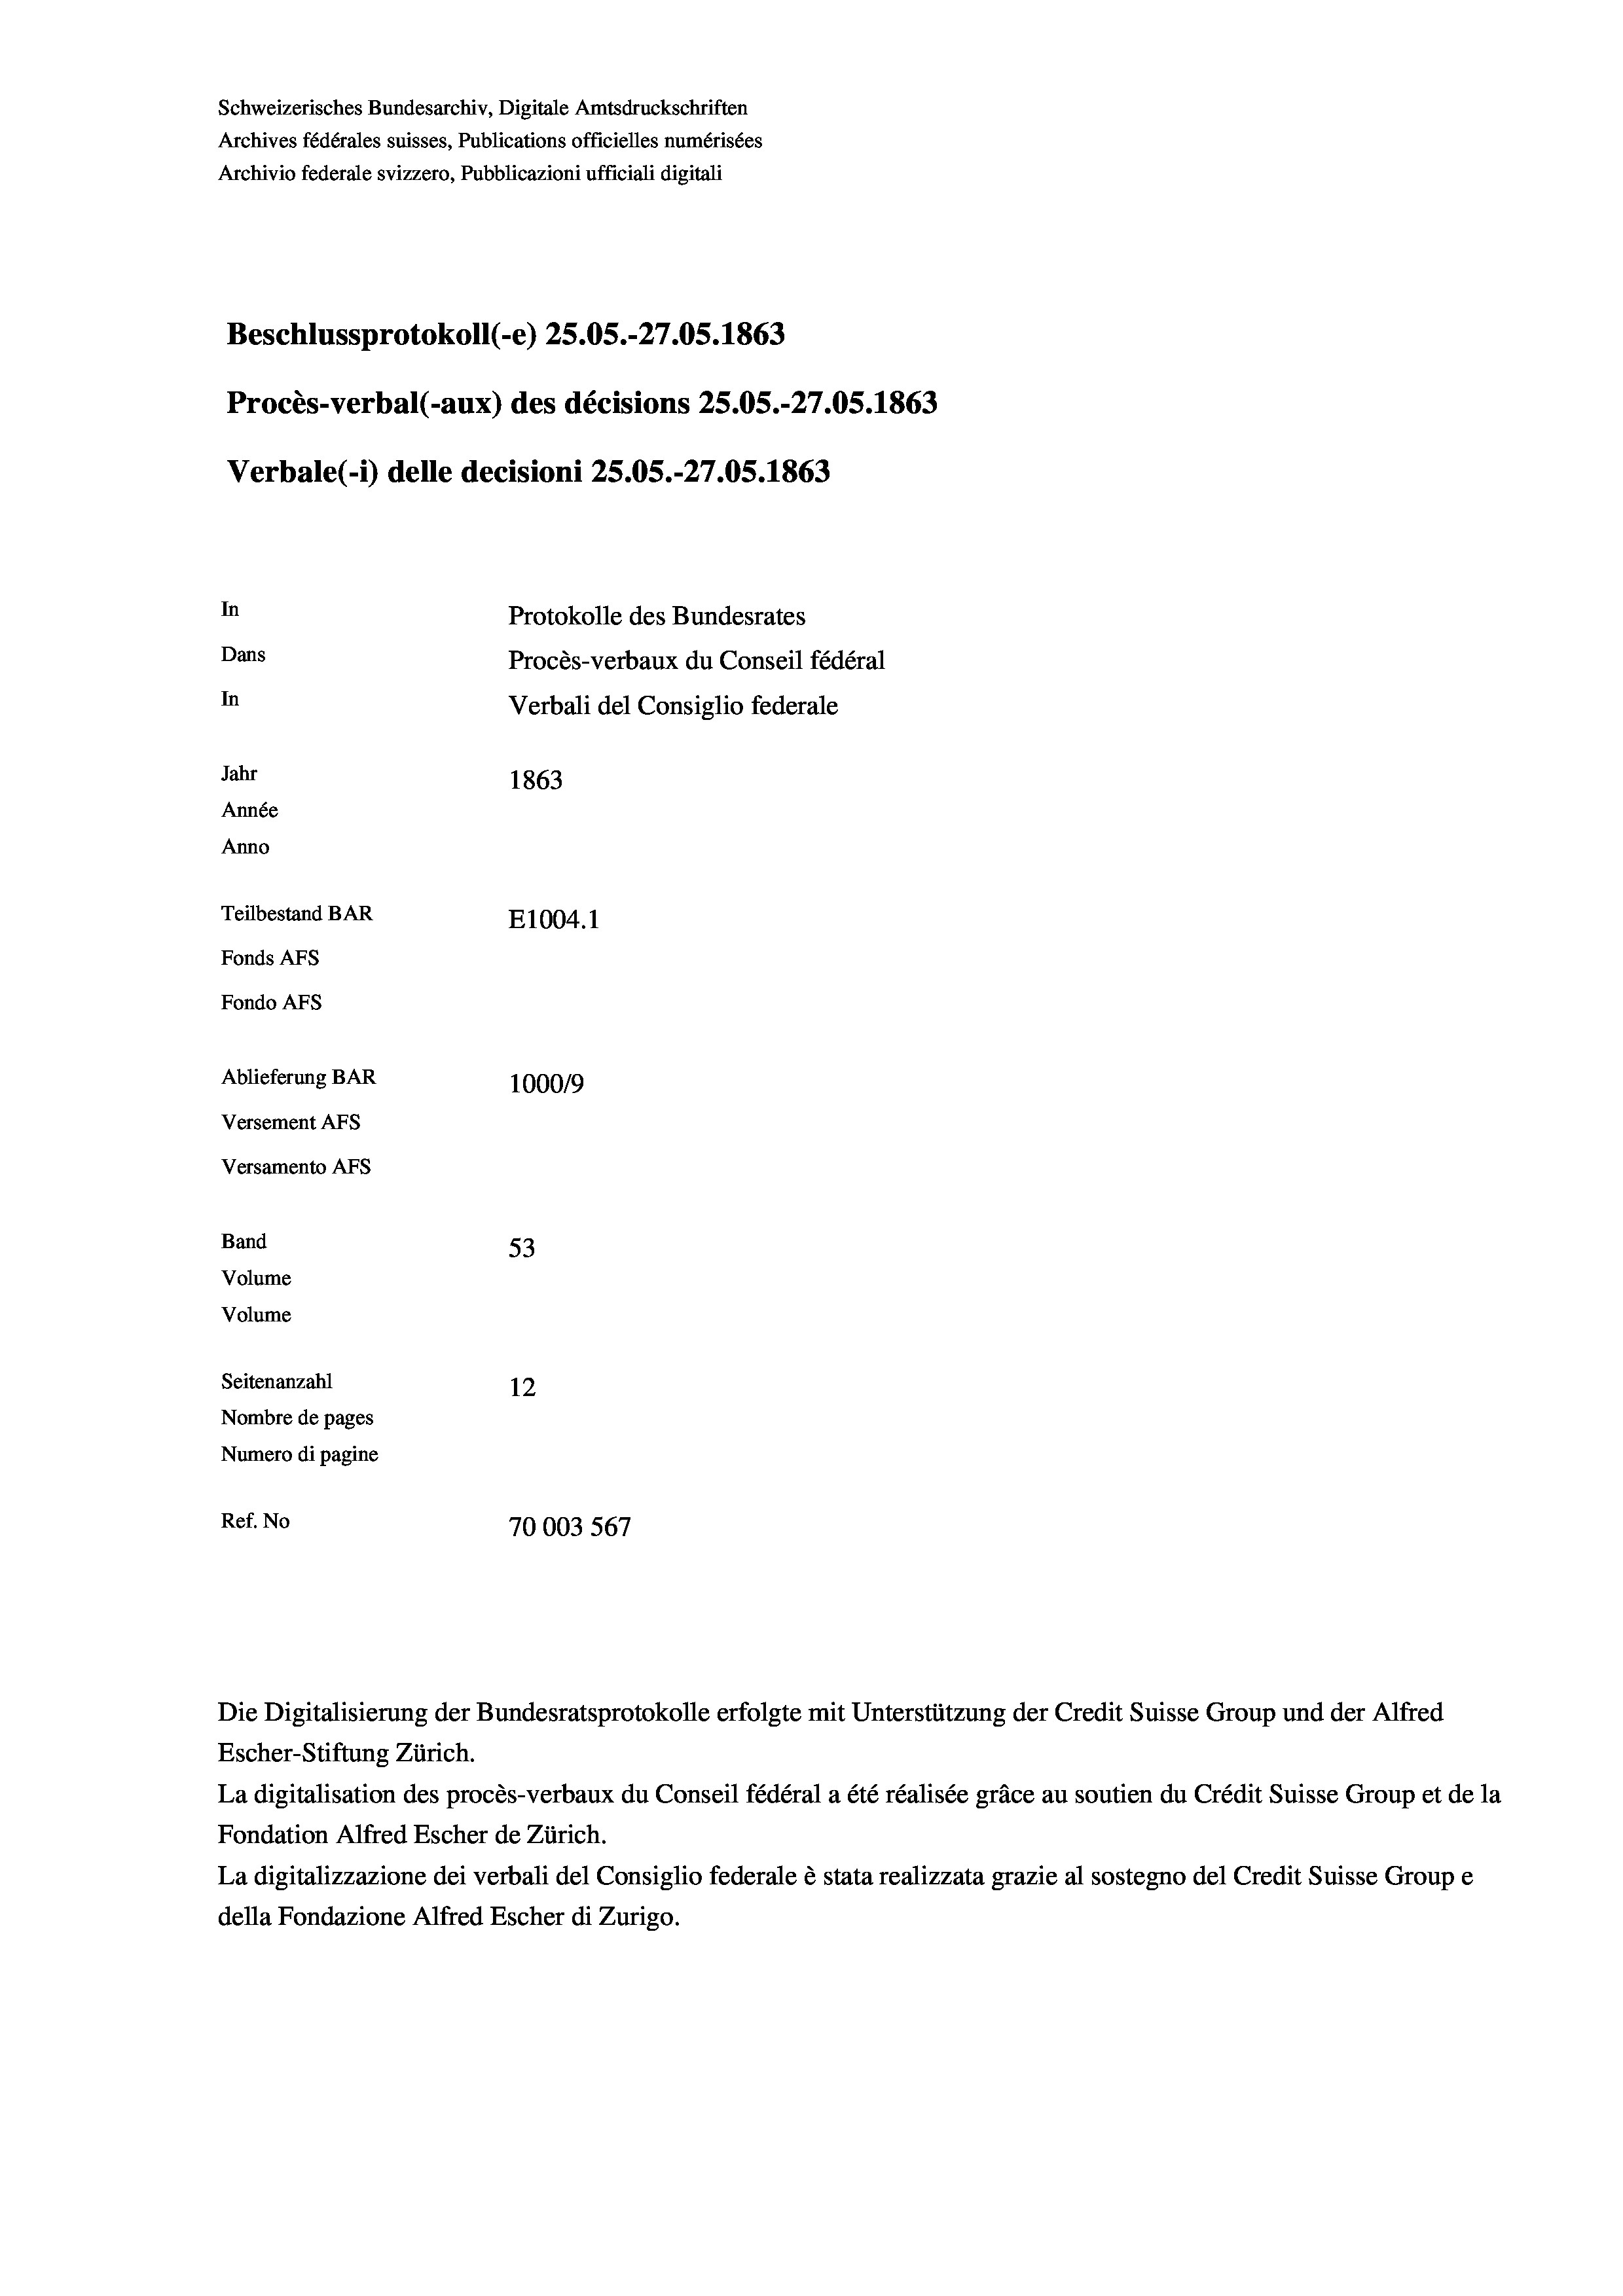
Schweizerisches Bundesarchiv, Digitale Amtsdruckschriften
Archives fédérales suisses, Publications officielles numérisées
Archivio federale svizzero, Pubblicazioni ufficiali digitali
Beschlussprotokoll (-e) 25.05.-27.05. 1863
Procès-verbal (-aux) des décisions 25.05.-27.05. 1863
Verbale(*) delle decisioni 25.05.-27.05. 1863
In
Protokolle des Bundesrates
Dans
Procès-verbaux du Conseil fédéral
In
Verbali del Consiglio federale
Jahr
1863
Année
Anno
Teilbestand BAR
E1004. 1
Fonds AFs
Fondo AFS
Ablieferung BAR
100019
Versement AFs
Versamento AFs
Band
53
Volume
Volume
Seitenanzahl
12
Nombre de pages
Numero di pagine
Ref. No
70003567

Die Digitalisierung der Bundesratsprotokolle erfolgte mit Unterstützung der Credit Suisse Group und der Alfred
Escher-Stiftung Zürich.
La digitalisation des procès-verbaux du Conseil fédéral a été réalisée gräce au soutien du Crédit Suisse Group et de la
Fondation Alfred Escher de Zürich.
La digitalizzazione dei verbali del Consiglio federale è stata realizzata grazie al sostegno del Credit Suisse Groupe
della Fondazione Alfred Escher di Zurigo.